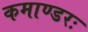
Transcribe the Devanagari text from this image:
कमाण्डरः